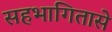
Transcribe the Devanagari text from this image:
सहभागितासे